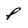
Character: P